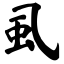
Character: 虱